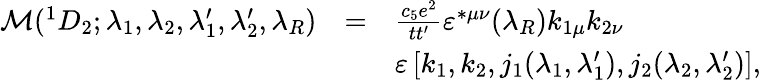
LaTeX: \begin{array}{lcl}{{{\cal M}(^{1}D_{2};\lambda_{1},\lambda_{2},\lambda_{1}^{\prime},\lambda_{2}^{\prime},\lambda_{R})}}&{{=}}&{{\frac{c_{5}e^{2}}{tt^{\prime}}\varepsilon^{*\mu\nu}(\lambda_{R})k_{1\mu}k_{2\nu}}}\\ {{}}&{{}}&{{\varepsilon\left[k_{1},k_{2},j_{1}(\lambda_{1},\lambda_{1}^{\prime}),j_{2}(\lambda_{2},\lambda_{2}^{\prime})\right],}}\end{array}